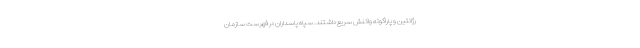
رژانتین و پاراگوئه واکنش سریع داشتند. سپاه پاسداران در فهرست سازمان